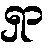
ရှာ